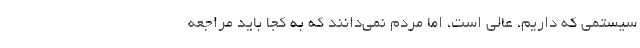
سیستمی که داریم، عالی است، اما مردم نمی‌دانند که به کجا باید مراجعه